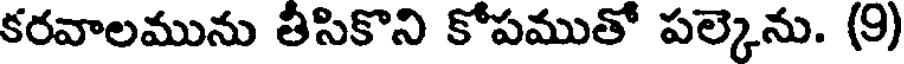
కరవాలమును తీసికొని కోపముతో పల్కెను. (9)